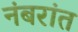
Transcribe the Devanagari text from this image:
नंबरांत